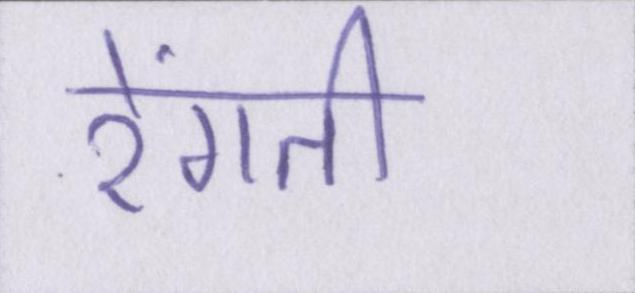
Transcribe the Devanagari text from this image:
रेंगती